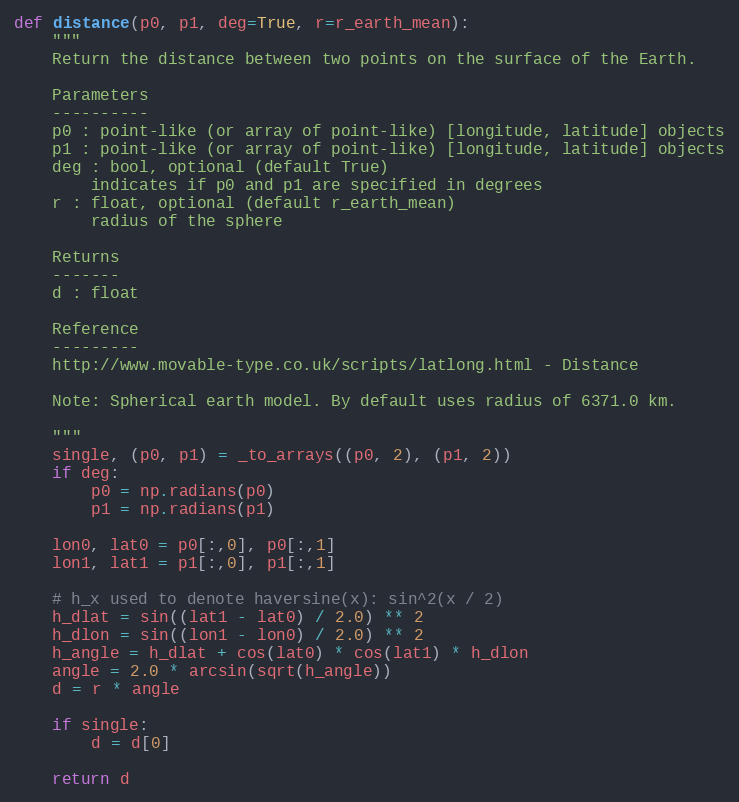
Language: Python
def distance(p0, p1, deg=True, r=r_earth_mean):
    """
    Return the distance between two points on the surface of the Earth.

    Parameters
    ----------
    p0 : point-like (or array of point-like) [longitude, latitude] objects
    p1 : point-like (or array of point-like) [longitude, latitude] objects
    deg : bool, optional (default True)
        indicates if p0 and p1 are specified in degrees
    r : float, optional (default r_earth_mean)
        radius of the sphere

    Returns
    -------
    d : float

    Reference
    ---------
    http://www.movable-type.co.uk/scripts/latlong.html - Distance

    Note: Spherical earth model. By default uses radius of 6371.0 km.

    """
    single, (p0, p1) = _to_arrays((p0, 2), (p1, 2))
    if deg:
        p0 = np.radians(p0)
        p1 = np.radians(p1)

    lon0, lat0 = p0[:,0], p0[:,1]
    lon1, lat1 = p1[:,0], p1[:,1]

    # h_x used to denote haversine(x): sin^2(x / 2)
    h_dlat = sin((lat1 - lat0) / 2.0) ** 2
    h_dlon = sin((lon1 - lon0) / 2.0) ** 2
    h_angle = h_dlat + cos(lat0) * cos(lat1) * h_dlon
    angle = 2.0 * arcsin(sqrt(h_angle))
    d = r * angle

    if single:
        d = d[0]

    return d